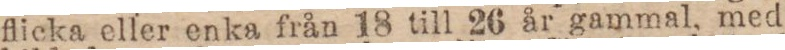
flicka eller enka från 18 till 26 år gammal, med